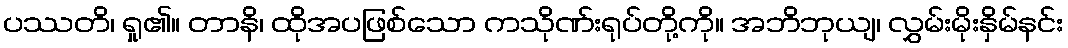
ပဿတိ၊ ရှု၏။ တာနိ၊ ထိုအပဖြစ်သော ကသိုဏ်းရုပ်တို့ကို။ အဘိဘုယျ၊ လွှမ်းမိုးနှိမ်နင်း